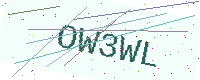
Text: OW3WL